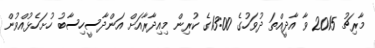
މާރިޗު 2015 ވާ އާދީއްތަ ދުވަހުގެ 13:00ގެ ކުރިން މިއިދާރާއަށް އަންދާސީހިސާބު ހުށަހެޅުއްވުން